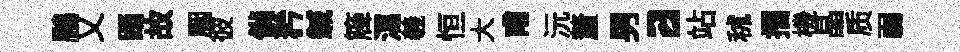
鵬乂踊故胭彼備矜鍼簰㵼羲恒大甫沅釐男a站秫摺機晶质弱